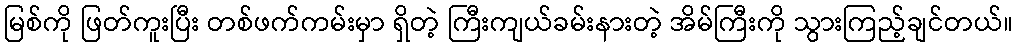
မြစ်ကို ဖြတ်ကူးပြီး တစ်ဖက်ကမ်းမှာ ရှိတဲ့ ကြီးကျယ်ခမ်းနားတဲ့ အိမ်ကြီးကို သွားကြည့်ချင်တယ်။